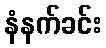
နံနက်ခင်း